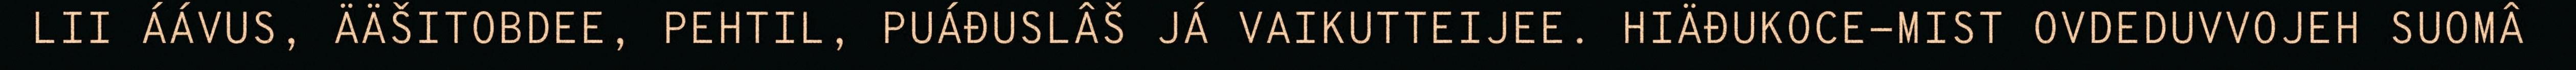
LII ÁÁVUS, ÄÄŠITOBDEE, PEHTIL, PUÁĐUSLÂŠ JÁ VAIKUTTEIJEE. HIÄĐUKOCE-MIST OVDEDUVVOJEH SUOMÂ